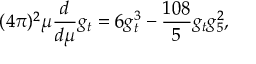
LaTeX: ( 4 \pi ) ^ { 2 } \mu \frac { d } { d \mu } g _ { t } = 6 g _ { t } ^ { 3 } - \frac { 1 0 8 } { 5 } g _ { t } g _ { 5 } ^ { 2 } ,